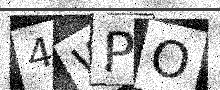
Text: 4WPO